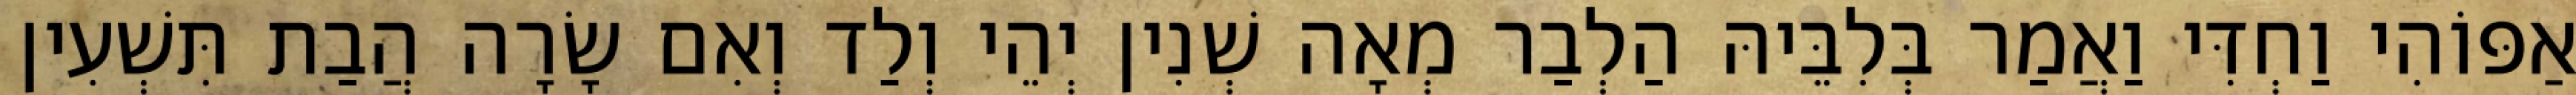
אַפּוֹהִי וַחְדִּי וַאֲמַר בְּלִבֵּיהּ הַלְבַר מְאָה שְׁנִין יְהֵי וְלַד וְאִם שָׂרָה הֲבַת תִּשְׁעִין